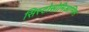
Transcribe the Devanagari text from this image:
सिस्टोसोमिआसिस